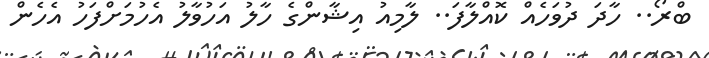
ބްރޯ.. ހާދަ ދުވަހެއް ކޮއްލާފަ.. ލާމިއު އިޝާންގެ ހާލު އަހުވާލު އެހުމަށްފަހު އެހެން